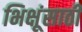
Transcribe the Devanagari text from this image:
भिक्षूंसाठी